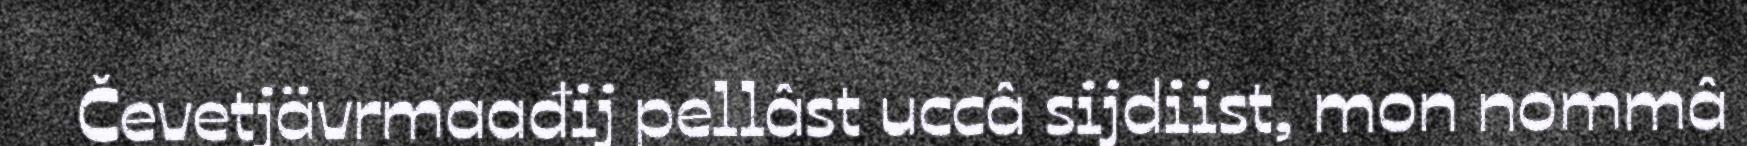
Čevetjävrmaađij pellâst uccâ sijdiist, mon nommâ